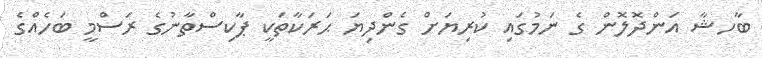
ބާހޝާ އަންދޮލޮން ގެ ނަމުގައި ކުރިޔަށް ގެންދިޔަ ޙަރަކާތަކީ ޕާކިސްތާނުގެ ރަސްމީ ބަހެއްގެ